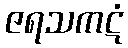
ဇရသကဋံ